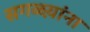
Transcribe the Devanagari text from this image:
सगळय़ांना